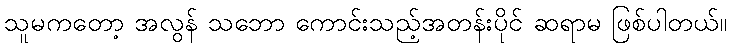
သူမကတော့ အလွန် သဘော ကောင်းသည့်အတန်းပိုင် ဆရာမ ဖြစ်ပါတယ်။